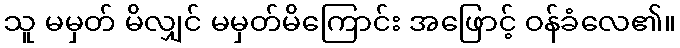
သူ မမှတ် မိလျှင် မမှတ်မိကြောင်း အဖြောင့် ဝန်ခံလေ၏။